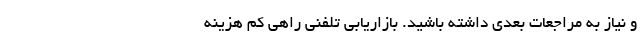
و نیاز به مراجعات بعدی داشته باشید. بازاریابی تلفنی راهی کم هزینه